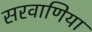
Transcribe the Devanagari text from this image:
सरवाणिया